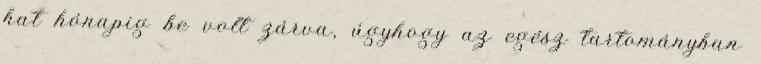
hat hónapig be volt zárva, úgyhogy az egész tartományban